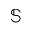
\mathbb { S }